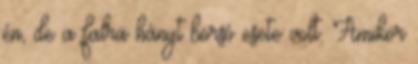
én, de a falra hányt borsó esete volt. Amikor